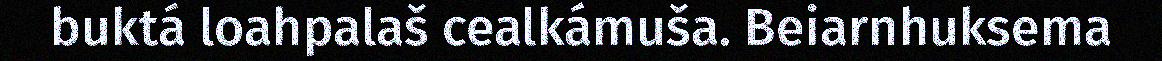
buktá loahpalaš cealkámuša. Beiarnhuksema